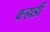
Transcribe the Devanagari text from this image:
वर्‍हाडीं